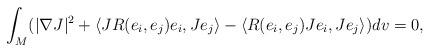
LaTeX: \begin{align*} \int_{M}(|\nabla J|^{2}+\langle JR(e_{i},e_{j})e_{i}, Je_{j}\rangle-\langle R(e_{i}, e_{j})Je_{i}, Je_{j}\rangle)dv=0, \end{align*}